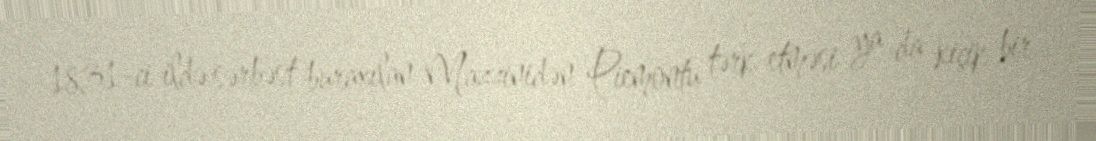
1831-ci ildə sərbəst buraxılan Mazzinidən Piemontu tərk etməsi ya da kiçik bir